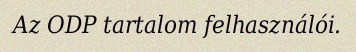
Az ODP tartalom felhasználói.